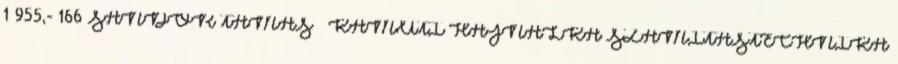
1 955,- 166 SÁNDOR TAMÁS – KAMUTI HAJNALKA SZÁMÍTÁSTECHNIKA